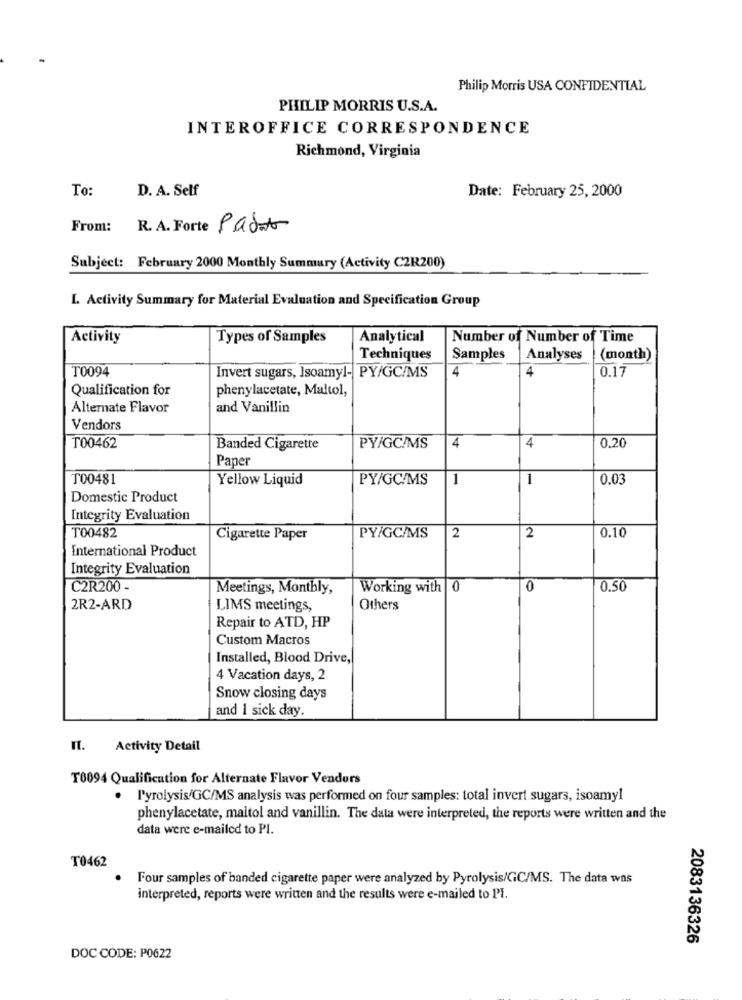
Philip Morris USA CONFIDENTIAL
PHILIP MORRIS U.S.A.
INTEROFFICE CORRESPONDENCE
Richmond, Virginia
To:
D. A. Self
Date: February 25, 2000
From:
R.A. Forte Padano
Subject: February 2000 Monthly Summary (Activity C2R200)
L. Activity Summary for Material Evaluation and Specification Group
Activity
Types of Samples
Analytical
Number of Number of Time
Techniques
Samples
Analyses
(month)
T0094
4
4
0.17
Invert sugars, Isoamyl- PY/GC/MS
Qualification for
phenylacetate, Maltol,
Alternate Flavor
and Vanillin
Vendors
4
4
T00462
Banded Cigarette
PY/GC/MS
0.20
Paper
T00481
Yellow Liquid
PY/GC/MS
1
1
0.03
Domestic Product
Integrity Evaluation
T00482
Cigarette Paper
PY/GC/MS
2
2
0.10
International Product
Integrity Evaluation
C2R200 -
Meetings, Monthly,
Working with |0
0
0.50
2R2-ARD
LIMS meetings,
Others
Repair to ATD, HP
Custom Macros
Installed, Blood Drive,
4 Vacation days, 2
Snow closing days
and 1 sick day.
Il. Activity Detail
T0094 Qualification for Alternate Flavor Vendors
. Pyrolysis/GC/MS analysis was performed on four samples: total invert sugars, isoamyl
phenylacetate, maltol and vanillin. The data were interpreted, the reports were written and the
data were e-mailed to PI.
T0462
.
Four samples of banded cigarette paper were analyzed by Pyrolysis/GC/MS. The data was
interpreted, reports were written and the results were e-mailed to PI.
2083136326
DOC CODE: P0622